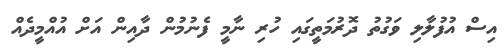
އިސް އުފުލާލި ވަގުތު ދޮރުމަތީގައި ހުރި ނާމީ ފެނުމުން ދާއިން އަށް އުއްމީދެއް